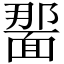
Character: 𫖂